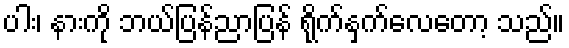
ပါး၊ နားကို ဘယ်ပြန်ညာပြန် ရိုက်နှက်လေတော့ သည်။